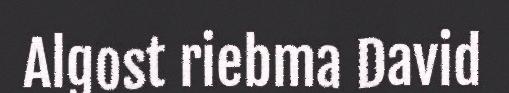
Algost riebma David